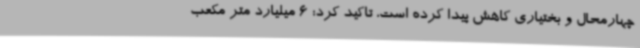
چهارمحال و بختیاری کاهش پیدا کرده است، تاکید کرد: 6 میلیارد متر مکعب